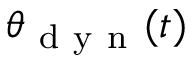
\theta _ { \mathrm { ~ d ~ y ~ n ~ } } ( t )